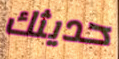
حديثك